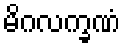
မိဂလက္ခဏံ